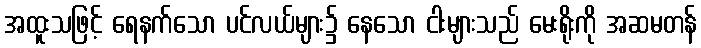
အထူးသဖြင့် ရေနက်သော ပင်လယ်များ၌ နေသော ငါးများသည် မေးရိုးကို အဆမတန်